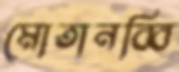
মোতানব্বি